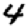
Digit: 4